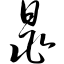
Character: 晁